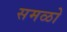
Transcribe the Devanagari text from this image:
समळो